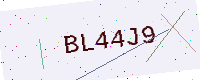
Text: BL44J9